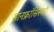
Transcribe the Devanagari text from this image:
सानफ्रांसिस्को